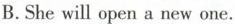
B.She will open a new one.